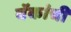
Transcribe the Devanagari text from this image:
बॅकांची